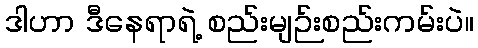
ဒါဟာ ဒီနေရာရဲ့ စည်းမျဉ်းစည်းကမ်းပဲ။